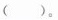
()。